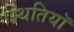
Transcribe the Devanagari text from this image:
स्थितियॉ